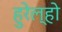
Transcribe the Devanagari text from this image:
हुरेल्हो